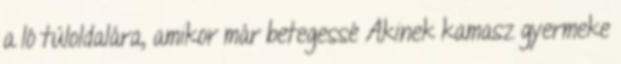
a ló túloldalára, amikor már betegessé Akinek kamasz gyermeke